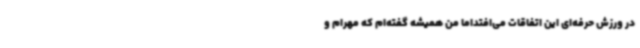
در ورزش حرفه‌ای این اتفاقات می‌افتداما من همیشه گفته‌ام که مهرام و